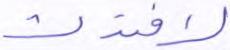
لافتدت